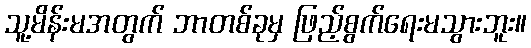
သူ့မိန်းမအတွက် ဘာတစ်ခုမှ ဖြည့်စွက်ရေးမသွားဘူး။